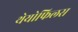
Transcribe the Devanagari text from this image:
थेयोफिलस